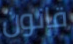
قانون